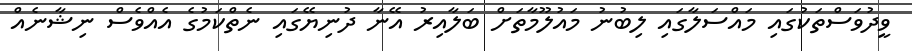
ވީދުވަސްތަކުގައި މައްސަލާގައި ލިބުނު މައުލޫމާތަށް ބަލާއިރު އޭނާ ދުނިޔޭގައި ނެތްކަމުގެ އެއްވެސް ނިޝާނެއް